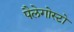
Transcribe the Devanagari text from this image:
पैलेगोस्टो